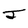
Character: J